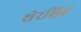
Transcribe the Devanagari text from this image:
शेरसिहं